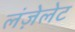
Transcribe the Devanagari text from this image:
लंज़ेलेट